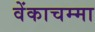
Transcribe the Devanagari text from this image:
वेंकाचम्मा